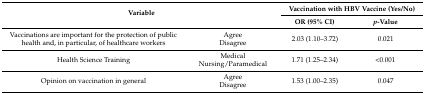
<table><thead><tr><td rowspan="2" colspan="2"><b>Variable</b></td><td colspan="2"><b>Vaccination with HBV Vaccine (Yes/No)</b></td></tr><tr><td><b>OR (95% CI)</b></td><td><b><i>p</i>-Value</b></td></tr></thead><tbody><tr><td rowspan="2">Vaccinations are important for the protection of public health and, in particular, of healthcare workers </td><td>Agree</td><td rowspan="2">2.03 (1.10–3.72)</td><td rowspan="2">0.021</td></tr><tr><td>Disagree</td></tr><tr><td rowspan="2">Health Science Training</td><td>Medical</td><td rowspan="2">1.71 (1.25–2.34)</td><td rowspan="2">&lt;0.001</td></tr><tr><td>Nursing/Paramedical</td></tr><tr><td rowspan="2">Opinion on vaccination in general</td><td>Agree</td><td rowspan="2">1.53 (1.00–2.35)</td><td rowspan="2">0.047</td></tr><tr><td>Disagree</td></tr></tbody></table>